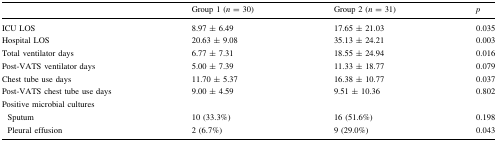
<table><thead><tr><td></td><td><b>Group 1 (<i>n</i> = 30)</b></td><td><b>Group 2 (<i>n</i> = 31)</b></td><td><b><i>p</i></b></td></tr></thead><tbody><tr><td>ICU LOS</td><td>8.97 ± 6.49</td><td>17.65 ± 21.03</td><td>0.035</td></tr><tr><td>Hospital LOS</td><td>20.63 ± 9.08</td><td>35.13 ± 24.21</td><td>0.003</td></tr><tr><td>Total ventilator days</td><td>6.77 ± 7.31</td><td>18.55 ± 24.94</td><td>0.016</td></tr><tr><td>Post-VATS ventilator days</td><td>5.00 ± 7.39</td><td>11.33 ± 18.77</td><td>0.079</td></tr><tr><td>Chest tube use days</td><td>11.70 ± 5.37</td><td>16.38 ± 10.77</td><td>0.037</td></tr><tr><td>Post-VATS chest tube use days</td><td>9.00 ± 4.59</td><td>9.51 ± 10.36</td><td>0.802</td></tr><tr><td>Positive microbial cultures</td><td></td><td></td><td></td></tr><tr><td> Sputum</td><td>10 (33.3%)</td><td>16 (51.6%)</td><td>0.198</td></tr><tr><td> Pleural effusion</td><td>2 (6.7%)</td><td>9 (29.0%)</td><td>0.043</td></tr></tbody></table>